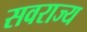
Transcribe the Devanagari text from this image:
सवराज्य